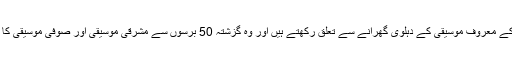
استاد دلشاد برصغیر کے معروف موسیقی کے دہلوی گھرانے سے تعلق رکھتے ہیں اور وہ گزشتہ 50 برسوں سے مشرقی موسیقی اور صوفی موسیقی کا مظاہرہ کر رہے ہیں۔